Civil Veterinary Dept. North-West Frontier Province 1901-22 - 1901-1922
Year: 1901
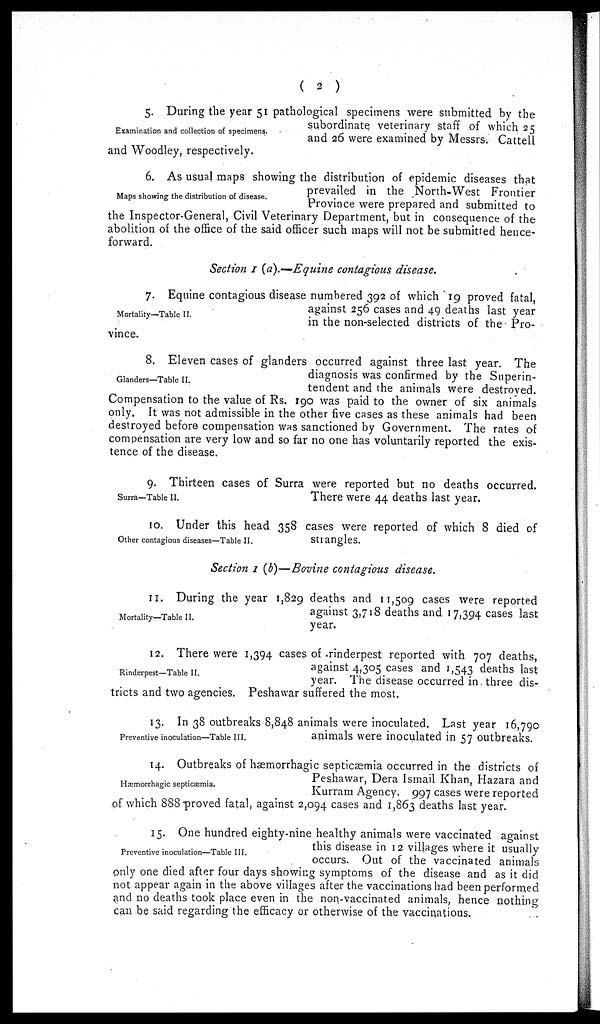
( 2 )
Examination and collection of specimens.
5. During the year 51 pathological specimens were submitted by the
subordinate veterinary staff of which 25
and 26 were examined by Messrs. Cattell
and Woodley, respectively.
Maps showing the distribution of disease.
6. As usual maps showing the distribution of epidemic diseases that
prevailed in the North-West Frontier
Province were prepared and submitted to
the Inspector-General, Civil Veterinary Department, but in consequence of the
abolition of the office of the said officer such maps will not be submitted hence-
forward.
Section I (a).—Equine contagious disease.
Mortality—Table II.
7. Equine contagious disease numbered 392 of which 19 proved fatal,
against 256 cases and 49 deaths last year
in the non-selected districts of the Pro-
vince.
Glanders—Table II.
8. Eleven cases of glanders occurred against three last year. The
diagnosis was confirmed by the Superin-
tendent and the animals were destroyed.
Compensation to the value of Rs. 190 was paid to the owner of six animals
only. It was not admissible in the other five cases as these animals had been
destroyed before compensation was sanctioned by Government. The rates of
compensation are very low and so far no one has voluntarily reported the exis-
tence of the disease.
Surra—Table II.
9. Thirteen cases of Surra were reported but no deaths occurred.
There were 44 deaths last year.
Other contagious diseases—Table II.
10. Under this head 358 cases were reported of which 8 died of
strangles.
Section 1 (b)—Bovine contagious disease.
Mortality—Table II.
11. During the year 1,829 deaths and 11,509 cases were reported
against 3,718 deaths and 17,394 cases last
year.
Rinderpest—Table II.
12. There were 1,394 cases of rinderpest reported with 707 deaths,
against 4,305 cases and 1,543 deaths last
year. The disease occurred in three dis-
tricts and two agencies. Peshawar suffered the most.
Preventive inoculation—Table III.
13. In 38 outbreaks 8,848 animals were inoculated. Last year 16,790
animals were inoculated in 57 outbreaks.
Hæmorrhagic septicæmia.
14. Outbreaks of hæmorrhagic septicæmia occurred in the districts of
Peshawar, Dera Ismail Khan, Hazara and
Kurram Agency 997 cases were reported
of which 888 proved fatal, against 2,094 cases and 1,863 deaths last year.
Preventive inoculation—Table III.
15. One hundred eighty-nine healthy animals were vaccinated against
this disease in 12 villages where it usually
occurs. Out of the vaccinated animals
only one died after four days showing symptoms of the disease and as it did
not appear again in the above villages after the vaccinations had been performed
and no deaths took place even in the non-vaccinated animals, hence nothing
can be said regarding the efficacy or otherwise of the vaccinations.